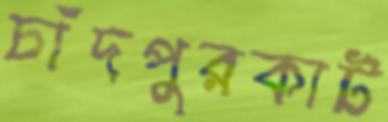
চাঁদপুরকাট